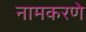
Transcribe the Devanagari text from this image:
नामकरणे